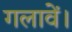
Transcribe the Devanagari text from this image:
गलावें।